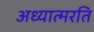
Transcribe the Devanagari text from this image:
अध्यात्मरति